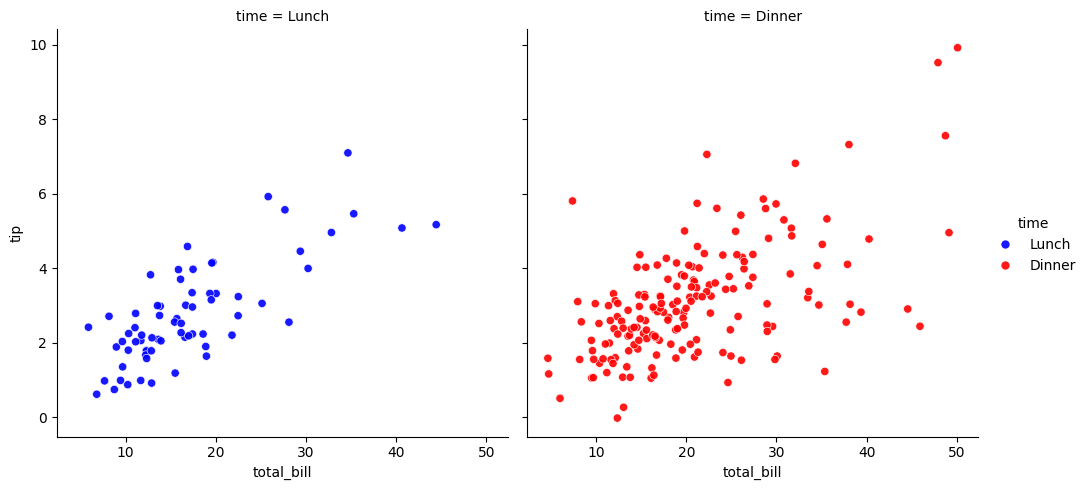
python, seaborn, relplot, alpha=0.9